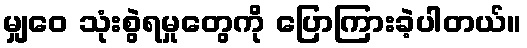
မျှဝေ သုံးစွဲရမှုတွေကို ပြောကြားခဲ့ပါတယ်။